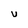
Character: U